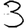
Digit: 3